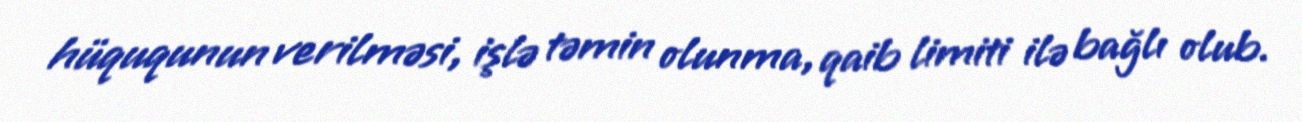
hüququnun verilməsi, işlə təmin olunma, qaib limiti ilə bağlı olub.